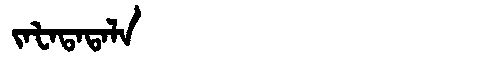
Manchu: ᠵᠠᡶᠠᡨᠠᡨᠠᠯᠠ
Romanization: JAFATATALA